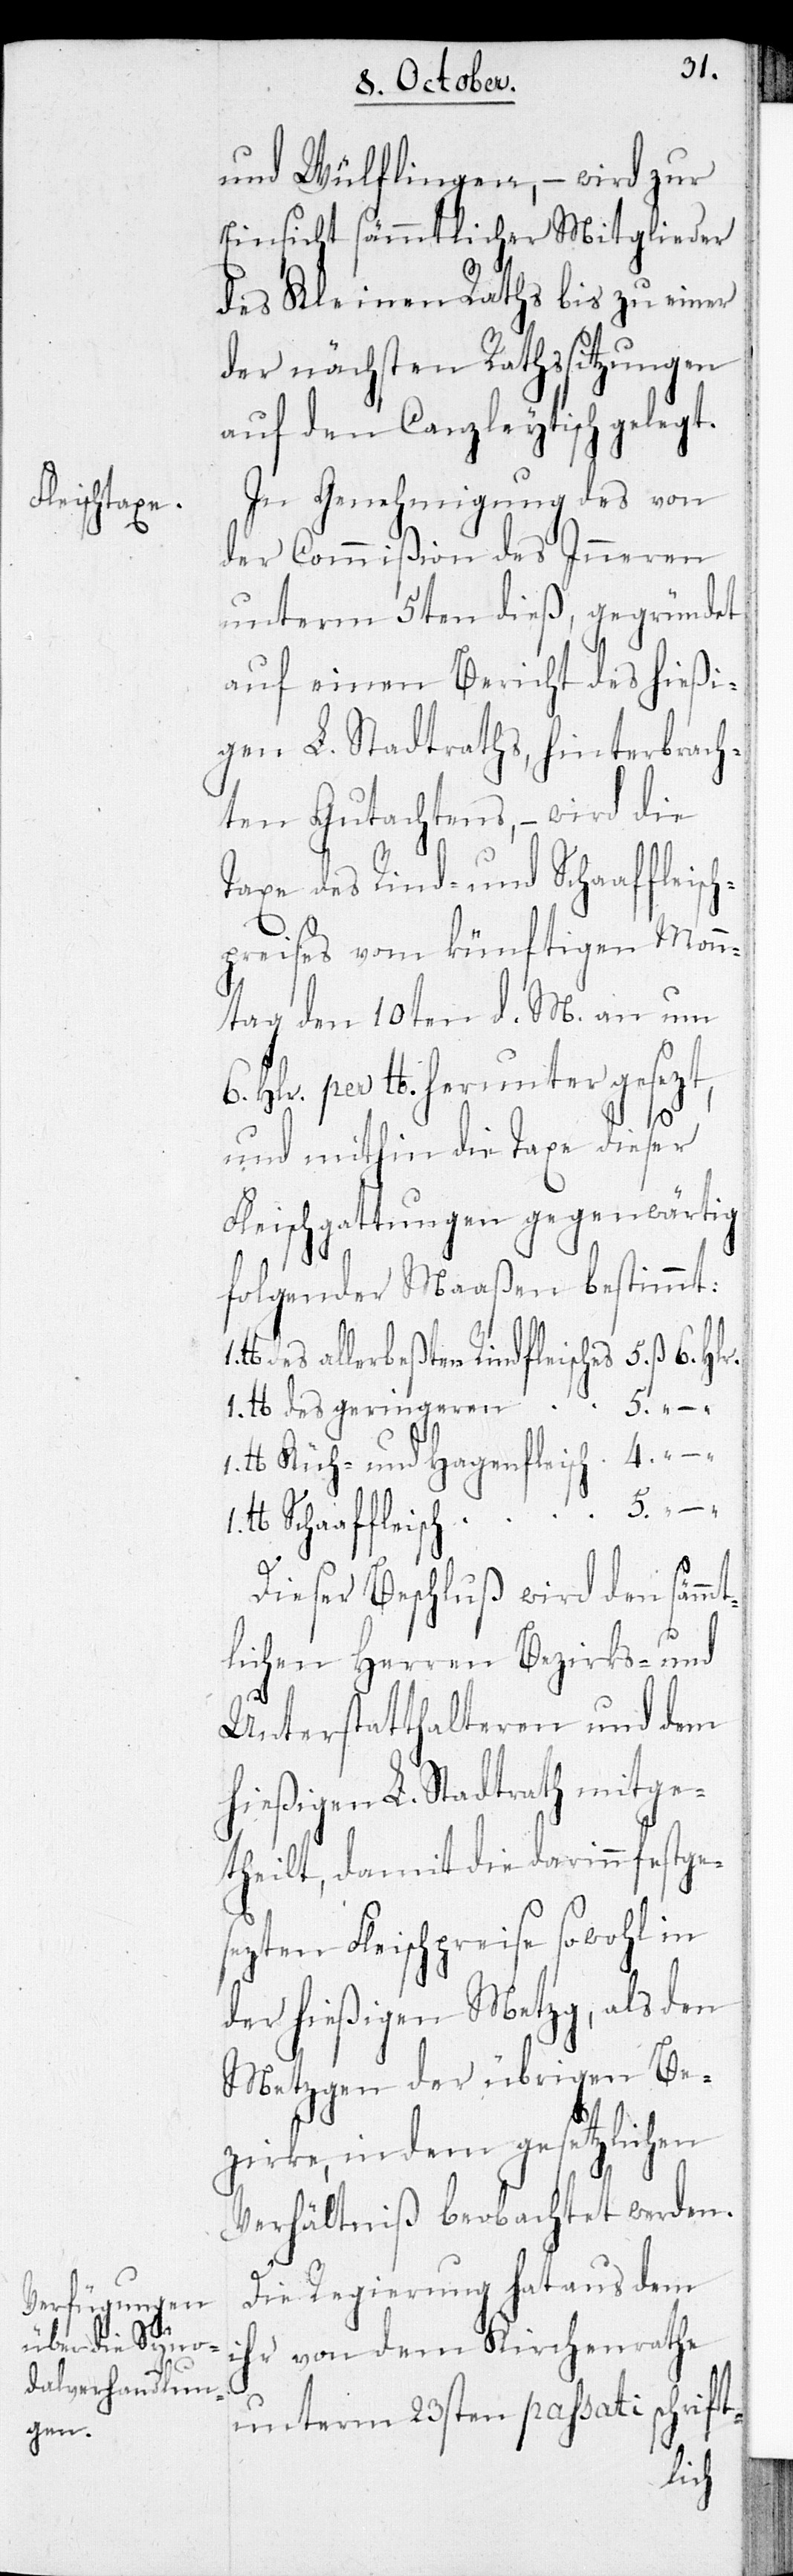
und Wülflingen, – wird zur
Einsicht sämmtlicher Mitglieder
des Kleinen Raths bis zu einer
der nächsten Rathssitzungen
auf den Canzleytisch gelegt.
In Genehmigung des von
der Commißion des Inneren
unterm 5ten dieß, gegründet
auf einen Bericht des hießi¬
gen L. Stadtraths, hinterbrach¬
ten Gutachtens, – wird die
Taxe des Rind- und Schaaffleisch¬
preises vom künftigen Monn¬
tag den 10ten d. M. an um
6. Hlr. per lb. herunter gesezt,
1.
und mithin die Taxe dieser
Fleischgattungen gegenwärtig
folgender Maaßen bestimmt:
des geringeren Rindfleisches 5. “ – “
1. lb. Kuh- und Hagenfleisch 4. “ – “
lb. Schaaffleisch 5. “ –
Dieser Beschluß wird den sämmt¬
lichen Herren Bezirks- und
Unterstatthalteren und dem
hießigen L. Stadtrath mitge¬
theilt, damit die darin festge¬
sezten Fleischpreise sowohl in
der hießigen Metzg, als den
Metzgen der übrigen Be¬
zirke, in dem gesetzlichen
Verhältniß beobachtet werden
Die Regierung hat aus dem
ihr von dem Kirchenrathe
unterm 23sten passati schrift-